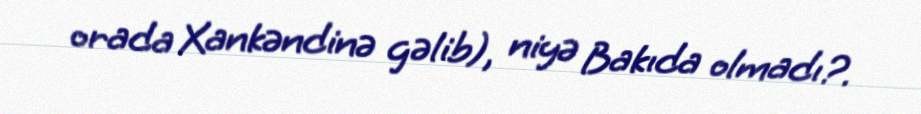
orada Xankəndinə gəlib), niyə Bakıda olmadı?.